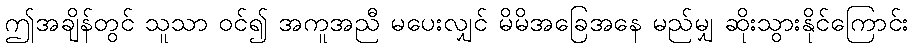
ဤအချိန်တွင် သူသာ ဝင်၍ အကူအညီ မပေးလျှင် မိမိအခြေအနေ မည်မျှ ဆိုးသွားနိုင်ကြောင်း